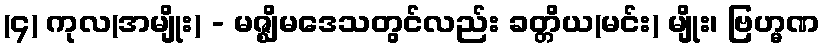
(၄) ကုလ(အမျိုး) - မဇ္ဈိမဒေသတွင်လည်း ခတ္တိယ(မင်း) မျိုး၊ ဗြဟ္မဏ